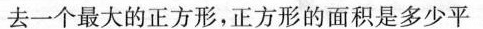
去一个最大的正方形，正方形的面积是多少平